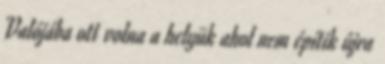
Valójába ott volna a helyük ahol nem építik újra